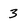
Character: 3